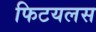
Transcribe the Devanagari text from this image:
फिटयलस